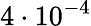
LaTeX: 4\cdot 10^{-4}